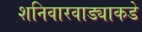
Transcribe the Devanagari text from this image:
शनिवारवाड्याकडे